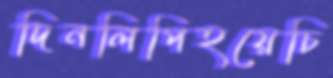
দিনলিপিহয়েচি